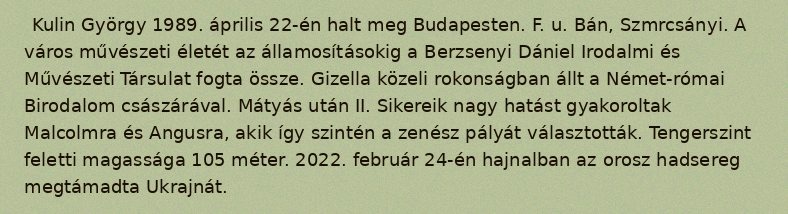
Kulin György 1989. április 22-én halt meg Budapesten. F. u. Bán, Szmrcsányi. A város művészeti életét az államosításokig a Berzsenyi Dániel Irodalmi és Művészeti Társulat fogta össze. Gizella közeli rokonságban állt a Német-római Birodalom császárával. Mátyás után II. Sikereik nagy hatást gyakoroltak Malcolmra és Angusra, akik így szintén a zenész pályát választották. Tengerszint feletti magassága 105 méter. 2022. február 24-én hajnalban az orosz hadsereg megtámadta Ukrajnát.